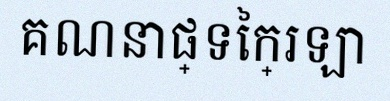
គណនាផ្ទៃក្រឡា